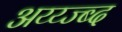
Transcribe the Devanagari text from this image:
अय्य्ज्ब्द